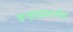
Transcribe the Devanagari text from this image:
वर्‍हाडमध्येच